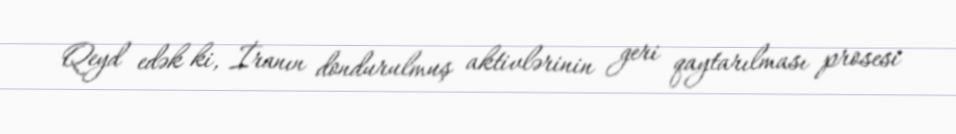
Qeyd edək ki, İranın dondurulmuş aktivlərinin geri qaytarılması prosesi